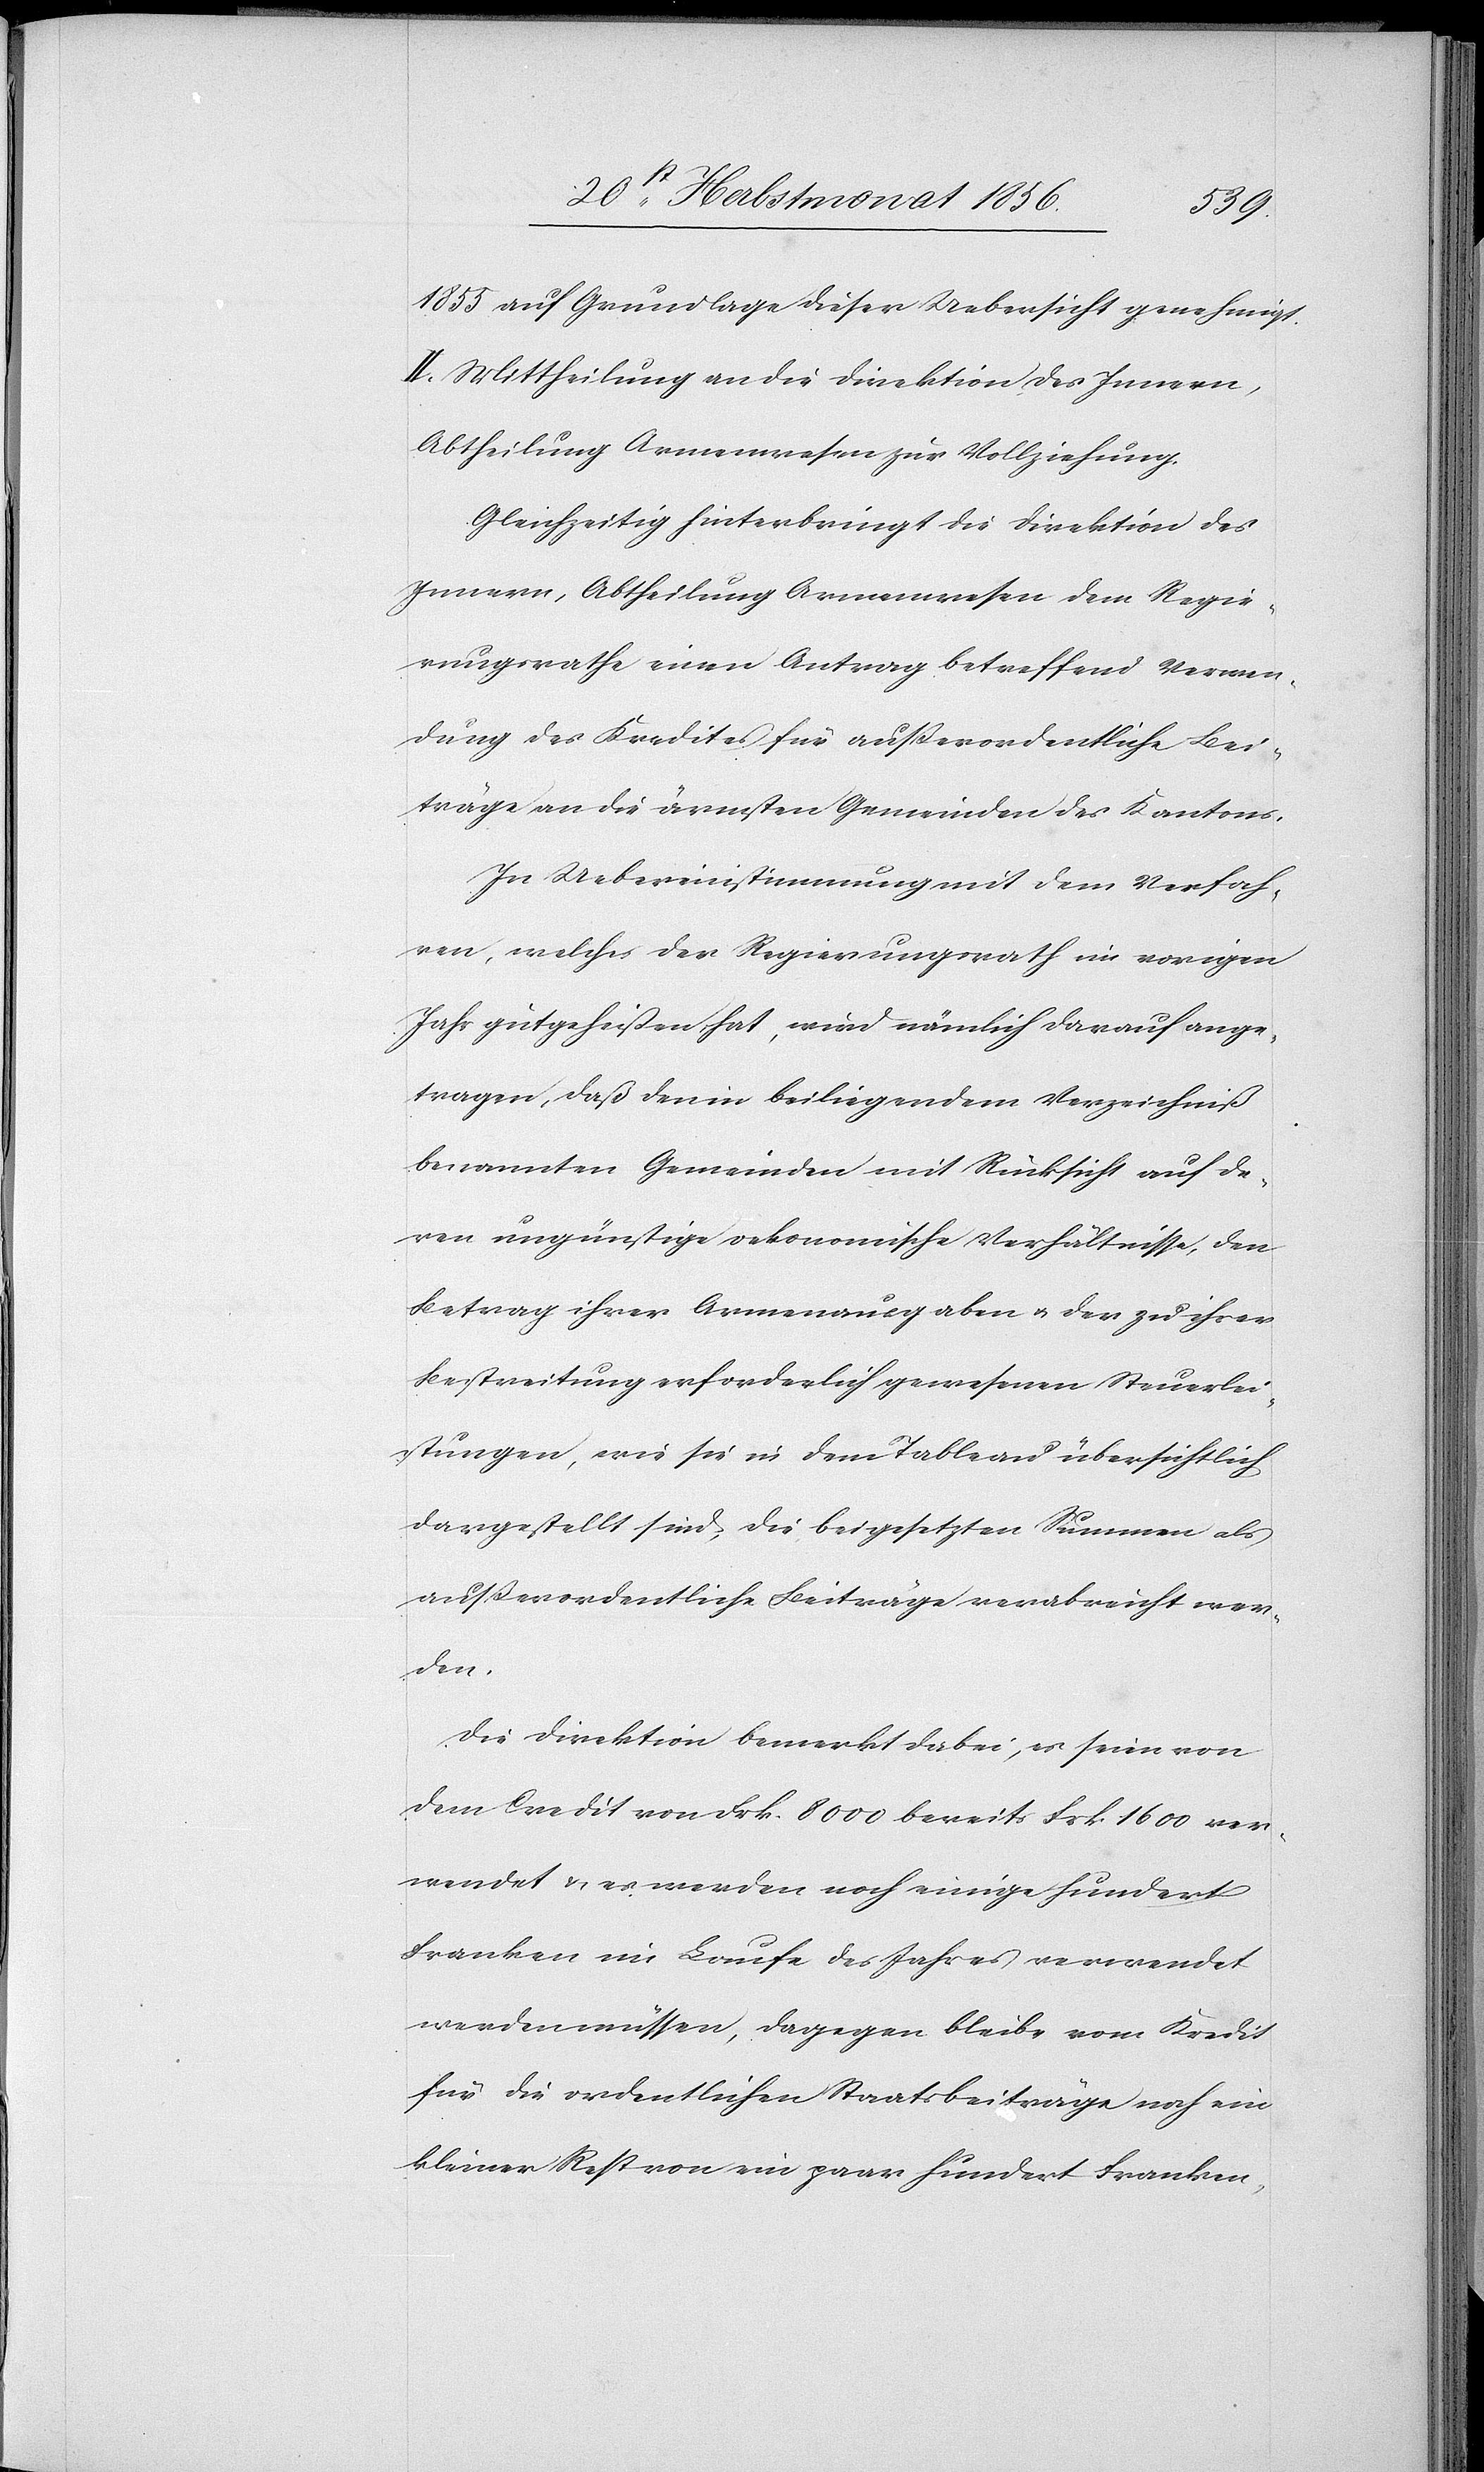
1855 auf Grundlage dieser Uebersicht genehmigt.
II.) Mittheilung an die Direktion des Innern,
Abtheilung Armenwesen zur Vollziehung.
Gleichzeitig hinterbringt die Direktion des
Innern, Abtheilung Armenwesen dem Regie¬
rungsrathe einen Antrag betreffend Verwen¬
dung des Kredites für ausserordentliche Bei¬
träge an die ärmsten Gemeinden des Kantons.
In Uebereinstimmung mit dem Verfah¬
ren, welches der Regierungsrath im vorigen
Jahr gutgeheißen hat, wird nämlich darauf ange¬
tragen, daß den in beiliegendem Verzeichniß
benannten Gemeinden mit Rücksicht auf de¬
ren ungünstige oekonomische Verhältnisse, den
Betrag ihrer Armenausgaben u. der zu ihrer
Bestreitung erforderlich gewesenen Steuerlei¬
stungen, wie sie in dem Tableau übersichtlich
dargestellt sind, die beigesetzten Summen als
ausserordentliche Beiträge verabreicht wer¬
den.
Die Direktion bemerkt dabei, es seien von
dem Credit von Frk. 8000 bereits Frk. 1600 ver¬
wendet & es werden noch einige hundert
Franken im Laufe des Jahres verwendet
werden müssen, dagegen bleibe vom Kredit
für die ordentlichen Staatsbeiträge noch ein
kleiner Rest von ein paar hundert Franken,